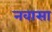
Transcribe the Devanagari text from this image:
नवासा